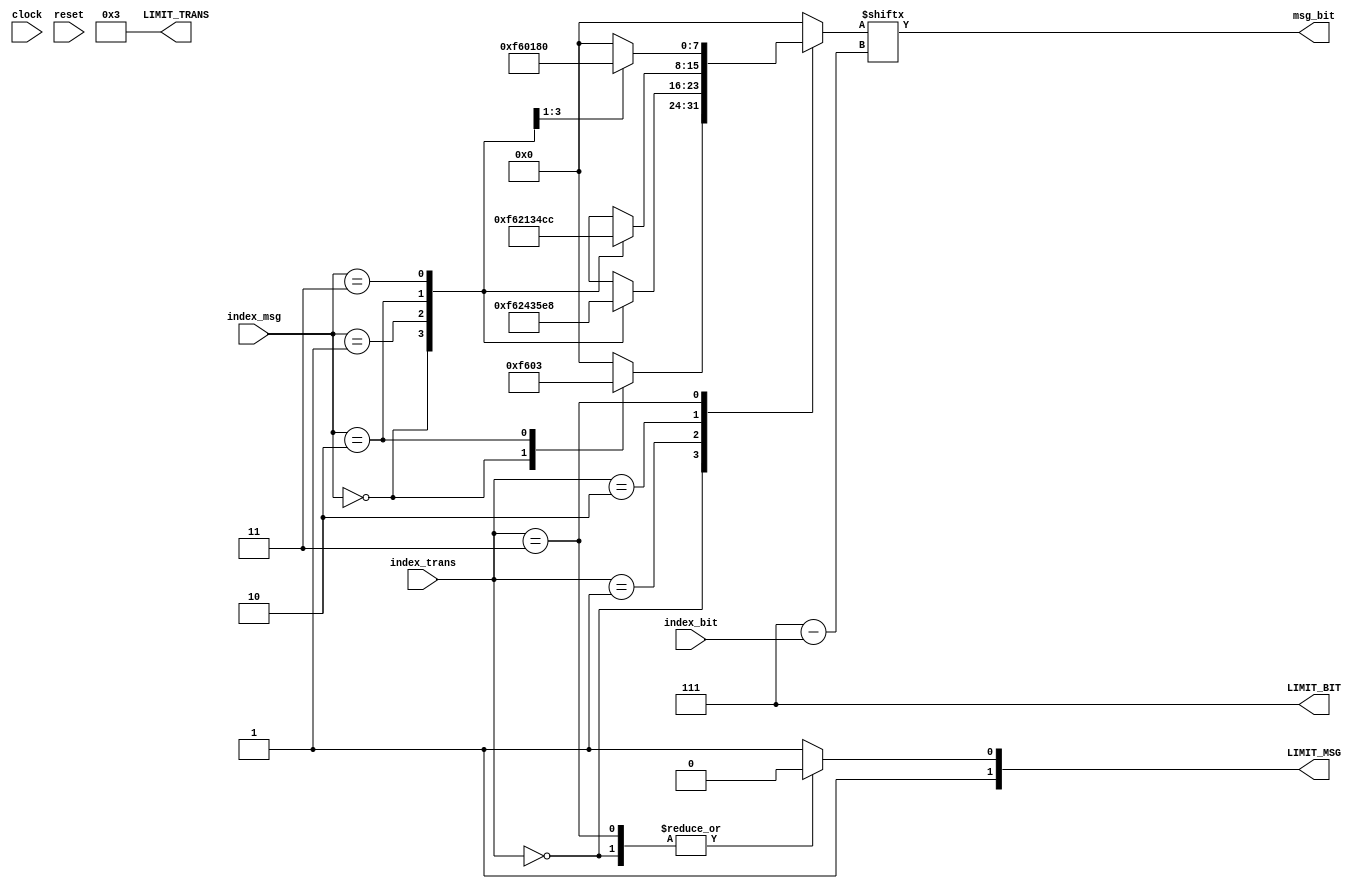
`default_nettype none

module pmbus_ti9248_init_ROM(
	clock,
	reset,
	index_bit,
	index_msg,
	index_trans,
	LIMIT_BIT,
	LIMIT_MSG,
	LIMIT_TRANS,
	msg_bit
);

	parameter BI_BW = 3;
	parameter MI_BW = 2;
	parameter TI_BW = 5;

	input wire clock;
	input wire reset;
	
	input wire [BI_BW-1:0] index_bit;
	input wire [MI_BW-1:0] index_msg;
	input wire [TI_BW-1:0] index_trans;

	output reg [BI_BW-1:0] LIMIT_BIT;
	output reg [MI_BW-1:0] LIMIT_MSG;
	output reg [TI_BW-1:0] LIMIT_TRANS;

	output reg msg_bit;
	reg [0:7] message;

	parameter WRITE = 1'b0;
	parameter PMBUS = 7'h7B;
	parameter PMBUS_W = {PMBUS, WRITE};

	always @(*) begin
		LIMIT_BIT = 3'd7;
		case(index_trans)
			5'd0, 5'd3: LIMIT_MSG = 2'd2;
			default: LIMIT_MSG = 2'd3;
		endcase
		LIMIT_TRANS = 5'd3;

		case(index_trans)
			5'd0: case(index_msg)
				2'd0: message = PMBUS_W;
				2'd1: message = 8'h00;
				2'd2: message = 8'h03;
				default: message = 8'h00;
			endcase
			5'd1: case(index_msg)
				2'd0: message = PMBUS_W;
				2'd1: message = 8'h24;
				2'd2: message = 8'h35;
				2'd3: message = 8'hE8;
				default: message = 8'h00;
			endcase
			5'd2: case(index_msg)
				2'd0: message = PMBUS_W;
				2'd1: message = 8'h21;
				2'd2: message = 8'h34;
				2'd3: message = 8'hCC;
				default: message = 8'h00;
			endcase
			5'd3: case(index_msg)
				2'd0: message = PMBUS_W;
				2'd1: message = 8'h01;
				2'd2: message = 8'h80;
				default: message = 8'h00;
			endcase
			default: message = 8'd0;
		endcase

		msg_bit = message[index_bit];
	end
endmodule